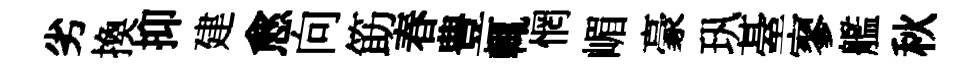
劣換抑建愈向筯春豊輒惘嵋豪㺬䑓寥艦秋